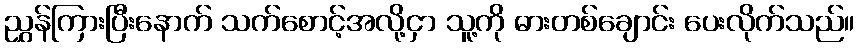
ညွှန်ကြားပြီးနောက် သက်စောင့်အလို့ငှာ သူ့ကို ဓားတစ်ချောင်း ပေးလိုက်သည်။